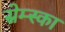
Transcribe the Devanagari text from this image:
स्रेम्स्का